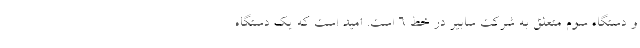
و دستگاه سوم متعلق به شرکت سابیر در خط ۶ است. امید است که یک دستگاه